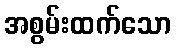
အစွမ်းထက်သော